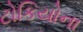
ટોકિયોના